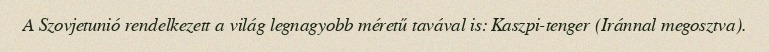
A Szovjetunió rendelkezett a világ legnagyobb méretű tavával is: Kaszpi-tenger (Iránnal megosztva).